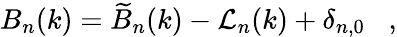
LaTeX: B_{n}(k)=\widetilde{B}_{n}(k)-{\cal L}_{n}(k)+\delta_{n,0}\; \; \; ,